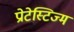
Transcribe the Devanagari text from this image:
प्रोटेस्टिज्म